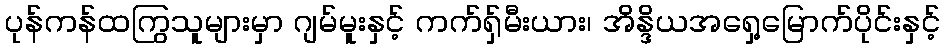
ပုန်ကန်ထကြွသူများမှာ ဂျမ်မူးနှင့် ကက်ရှ်မီးယား၊ အိန္ဒိယအရှေ့မြောက်ပိုင်းနှင့်